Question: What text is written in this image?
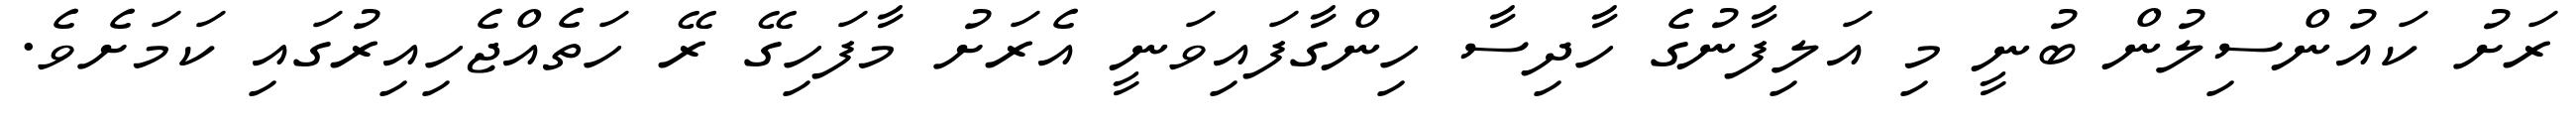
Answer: ރަށު ކައުންސިލުން ބުނީ މި އަލިފާނުގެ ހާދިސާ ހިންގާފައިވަނީ އެރަށު މާފަހިގޭ ރޭ ހަތެއްޖެހިއިރުގައި ކަމަށެވެ.